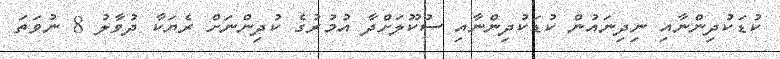
ކުޑަކުދިންނާއި ނިދިނައުން ކުޑަކުދިންނާއި ސުކޫލަށްދާ އުމުރުގެ ކުދިންނަށް ރެޔަކާ ދުވާލު 8 ނުވަތަ